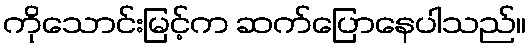
ကိုသောင်းမြင့်က ဆက်ပြောနေပါသည်။